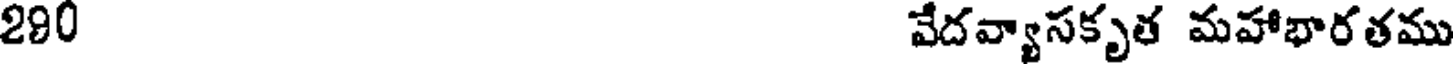
290 వేదవ్యాసకృత మహాభారతము